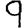
Digit: 9